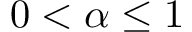
0 < \alpha \le 1